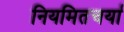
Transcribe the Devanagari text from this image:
नियमितचर्या